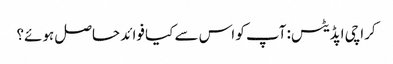
کراچی اپڈیٹس: آپ کو اس سے کیا فوائد حاصل ہوئے؟